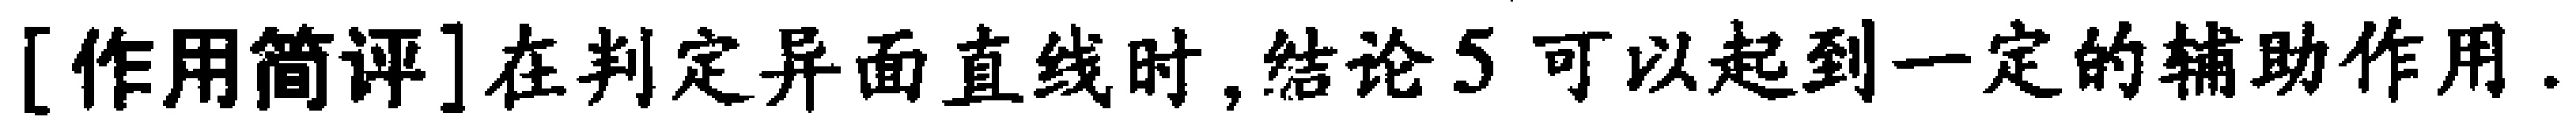
[作用简评]在判定异面直线时,结论5可以起到一定的辅助作用.